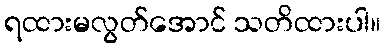
ရထားမလွတ်အောင် သတိထားပါ။